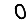
Digit: 0